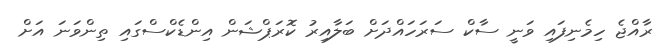
ރާއްޖެ ހިމެނިފައި ވަނީ ސާކް ސަރަހައްދަށް ބަލާއިރު ކޮރަޕްޝަން އިންޑެކްސްގައި ތިންވަނަ އަށް